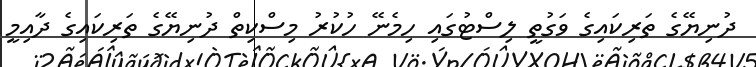
ދުނިޔޭގެ ތަރިކައިގެ ވަގުތީ ލިސްޓުގައި ހިމެނޭ ހުކުރު މިސްކިތް ދުނިޔޭގެ ތަރިކައިގެ ދާއިމީ